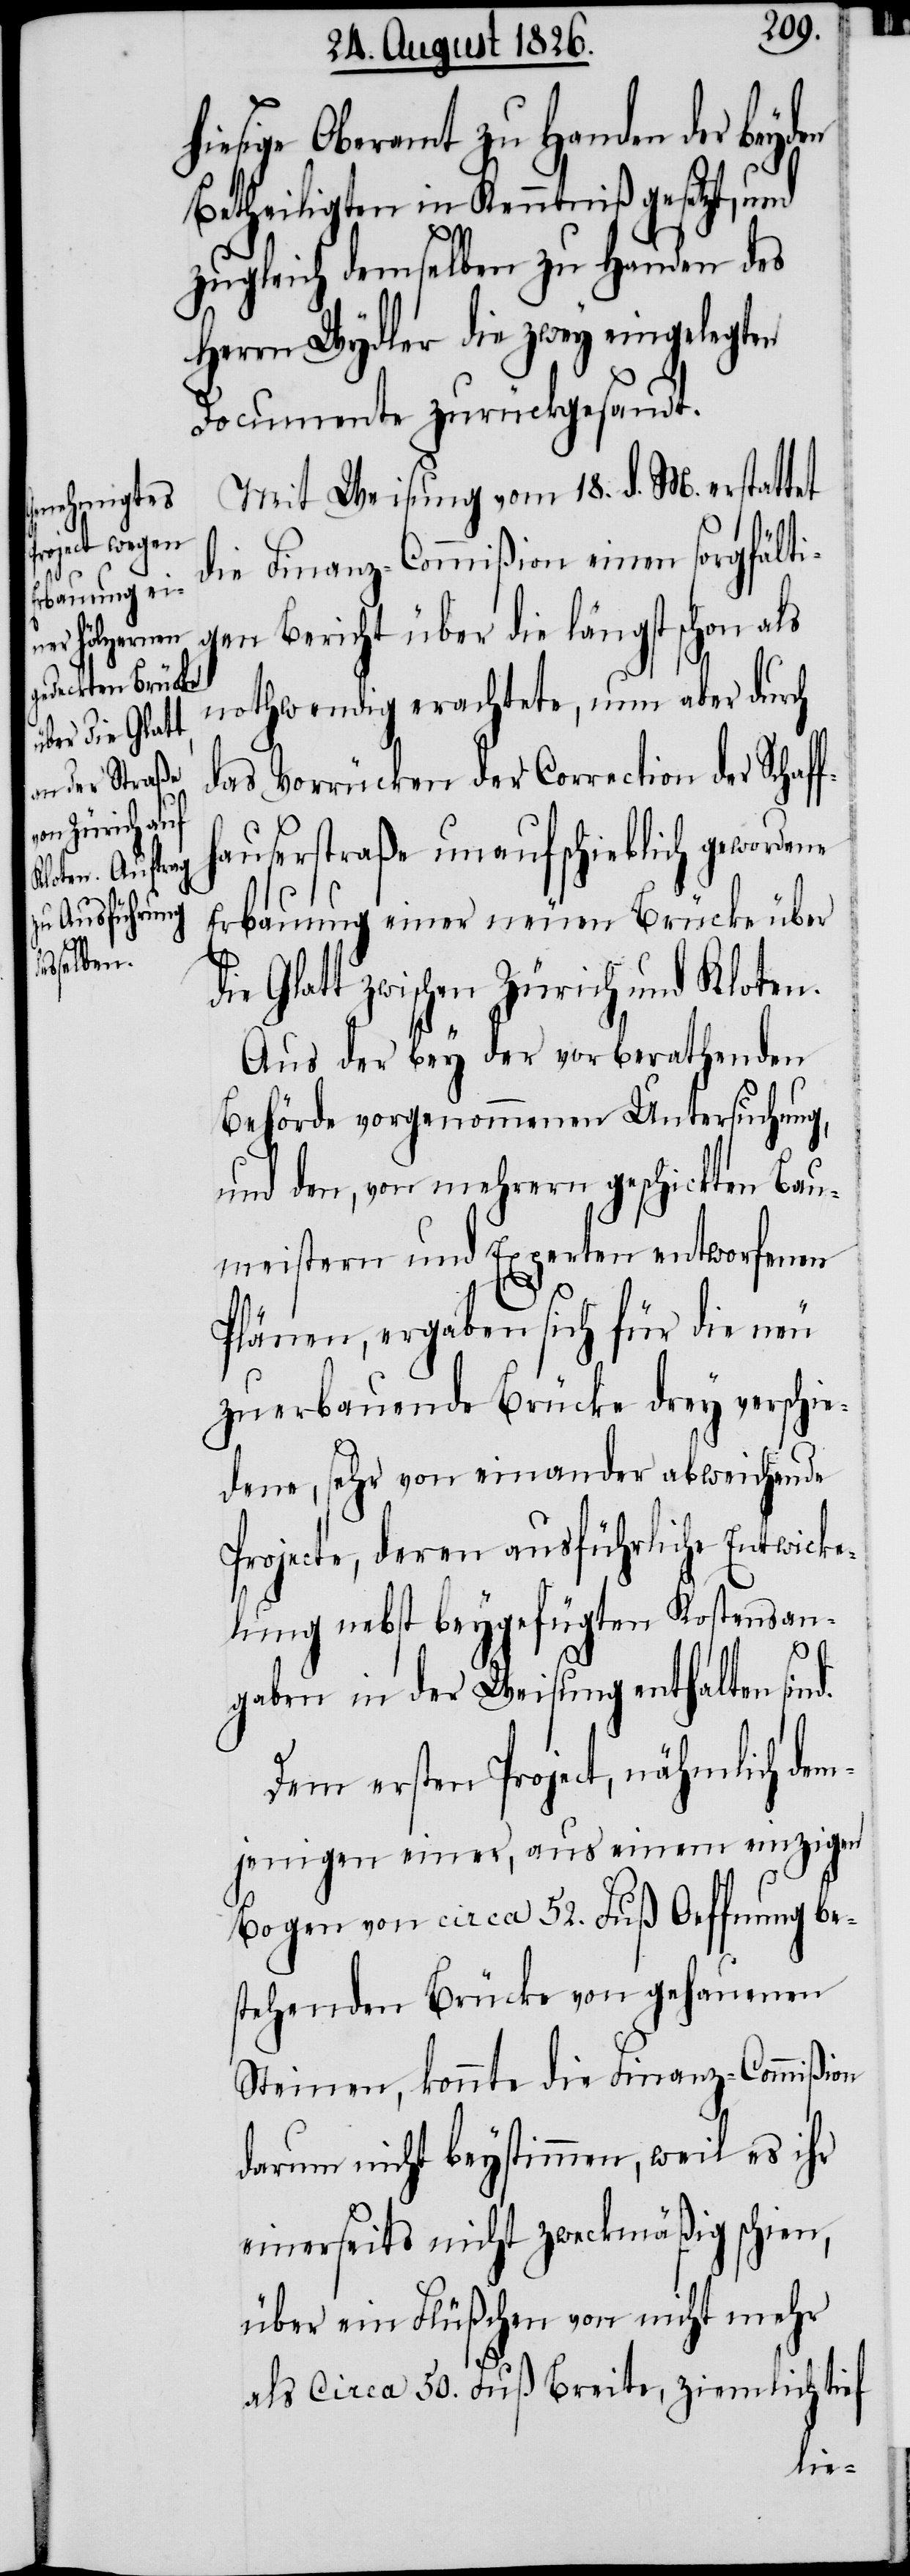
legten

sige Oberamt zu Handen der beyden
Betheiligten in Kenntniß gesetzt, und
zugleich demselben zu Handen des
Herrn Wydler die zwey einge¬
Documente zurückgesandt.
Mit Weisung vom 18. d. M. erstattet
die Finanz-Commißion einen sorgfälti¬
gen Bericht über die längst schon als
nothwendig erachtete, nun aber durch
das Vorrücken der Correction der Schaff¬
hauserstraße unaufschieblich gewordene
Erbauung einer neuen Brücke über
Glatt zwischen Zürich und Kloten.
Aus der bey der vorberathenden
Behörde vorgenommenen Untersuchung,
und den, von mehrern geschickten Bau¬
meistern und Experten entworfenen
Plänen, ergaben sich für die neu
zu erbauende Brücke drey verschie¬
dene, sehr von einander abweichende
Projecte, deren ausführliche Entwicke¬
lung nebst beygefügten Kostenan¬
gaben in der Weisung enthalten sind.
Dem ersten Project, nähmlich dem¬
jenigen einer, aus einem einzigen
Bogen von circa 52. Fuß Oeffnung be¬
stehenden Brücke von gehauenen
Steinen, konnte die Finanz-Commißion
darum nicht beystimmen, weil es ihr
einerseits nicht zweckmäßig schien,
über ein Flüßchen von nicht mehr
als circa 50. Fuß Breite, ziemlich tief
hie¬